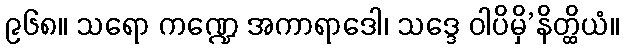
၉၆၈။ သရော ကဏ္ဍေ အကာရာဒေါ၊ သဒ္ဒေ ဝါပိမှိ’နိတ္ထိယံ။